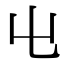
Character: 𡳾